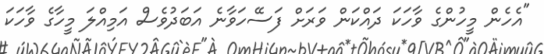
"އެހެން މީހުންގެ ވާހަކަ ދައްކަން ވަރަށް ފަސޭހަވާނެ އަބަދުވެސް އަމިއްލަ މީހާގެ ވާހަކަ